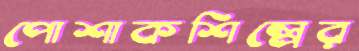
পোশাকশিল্পের